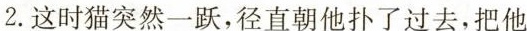
2. 这时猫突然一跃，径直朝他扑了过去，把他